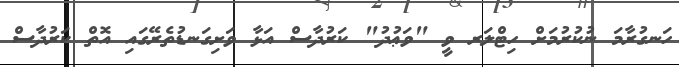
ހަނގުރާމަ ނުކުރުމަށް ހިޓްލަރ ވީ "ވަޢުދު" ކަރުދާސް އަޅާ ވަށިގަނޑުތެރޭގައި އޮތް ކަރުދާސް